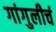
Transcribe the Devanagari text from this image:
गांगुलीचं